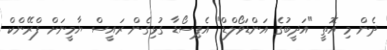
ދެން މި އޮތީ "އަދީބުގެ އަންޑަވޯލްޑް" އެޕިސޯޑާ ގުޅިގެން ރައީސް ޔާމީނަށް ފްރޭންކް